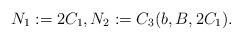
LaTeX: \begin{align*}N_1:=2C_1,N_2:=C_3(b,B,2C_1).\end{align*}